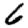
Digit: 6